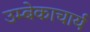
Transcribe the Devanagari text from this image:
उम्बेकाचार्य